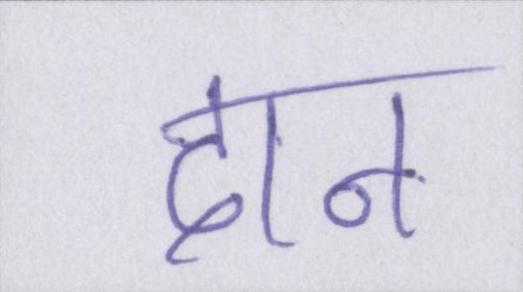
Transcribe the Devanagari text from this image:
दान